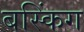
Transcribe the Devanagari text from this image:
बस्किंग